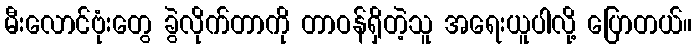
မီးလောင်ဗုံးတွေ ခွဲလိုက်တာကို တာဝန်ရှိတဲ့သူ အရေးယူပါလို့ ပြောတယ်။